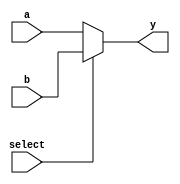
module mux8bit21(a,b,select,y);
input [7:0]a;
input [7:0]b;
input select;
output [7:0]y;

assign y=select?b:a;
endmodule